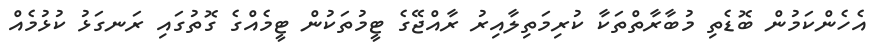
އެހެންކަމުން ބޮޑެތި މުބާރާތްތަކާ ކުރިމަތިލާއިރު ރާއްޖޭގެ ޓީމުތަކުން ޓީމެއްގެ ގޮތުގައި ރަނގަޅު ކުޅުމެއް